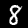
Label: 8